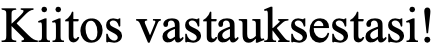
Kiitos vastauksestasi!